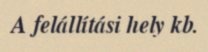
A felállítási hely kb.